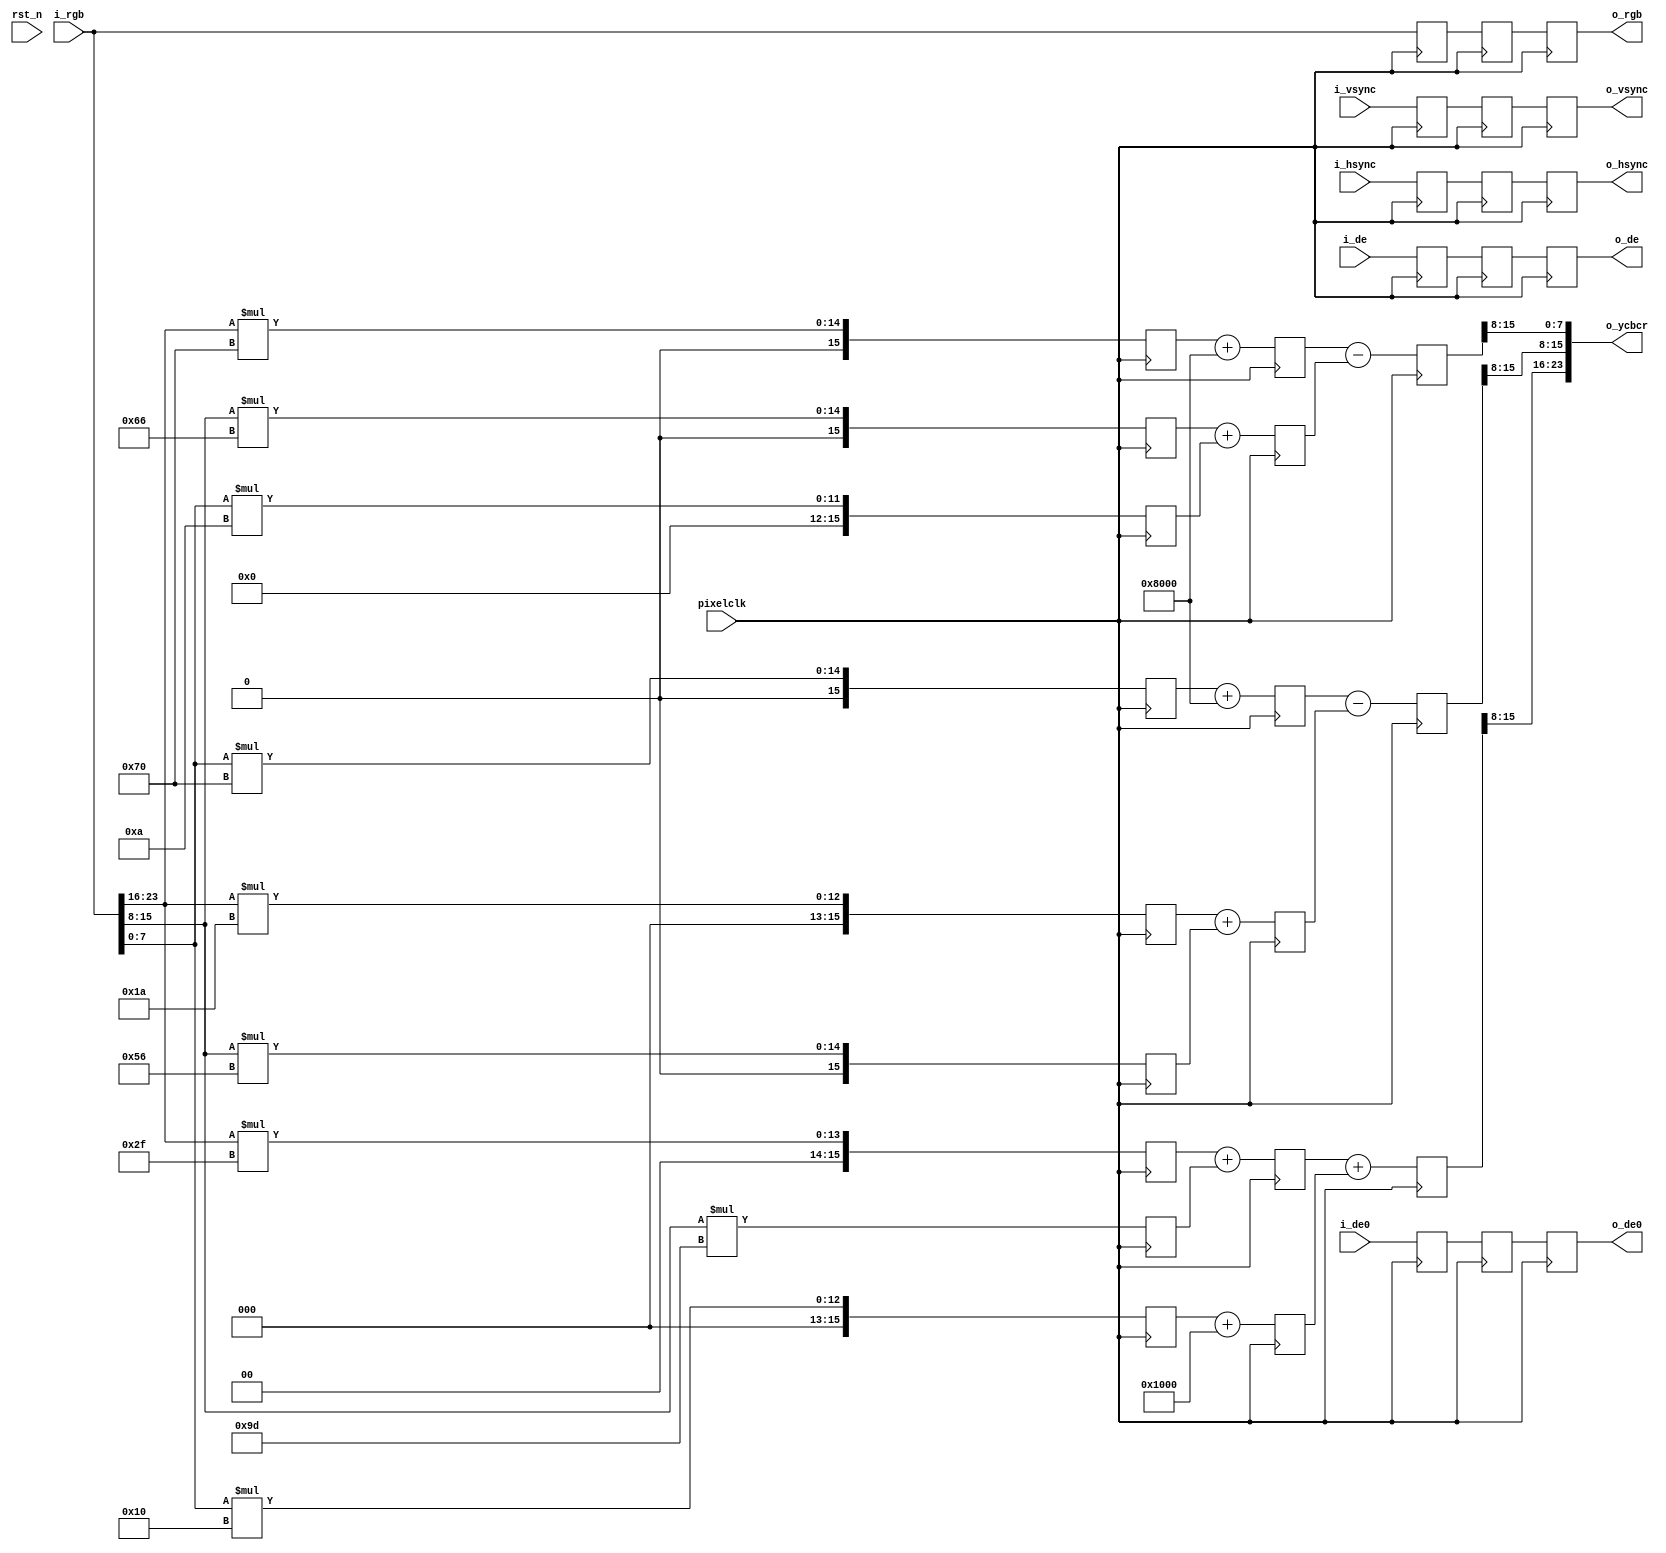
`timescale 1ns / 1ps


/* RGBYUV
			Y  =  0.183R + 0.614G + 0.062B + 16 ;
 			CB = -0.101R - 0.338G + 0.439B + 128;
			CR =  0.439R - 0.399G - 0.040B + 128;
			     		   |  |
			      		  \|  |/ 
			      		   \  / 
			                \/
			Y  =  (0.183R + 0.614G )+(0.062B +  16);
 			CB = -(0.101R + 0.338G )+(0.439B + 128);
			CR = -(0.399G + 0.040B )+(0.439R + 128);

*/

module	rgb2ycbcr(
    input                            pixelclk   ,
	input                            rst_n      ,
    input          [23:0]            i_rgb      ,
    input                            i_hsync    ,
    input                            i_vsync    ,
    input                            i_de       ,
    input                            i_de0      ,
    
    output            [23:0]         o_rgb      ,
    output            [23:0]         o_ycbcr    ,
    output                           o_hsync    ,
    output                           o_vsync    ,    
    output                           o_de0      ,                          
    output                           o_de                                                                                               
);


/***************************************parameters*******************************************/
//multiply 256
parameter    para_0183_10b = 10'd47     ;    
parameter    para_0614_10b = 10'd157    ;
parameter    para_0062_10b = 10'd16     ;
parameter    para_0101_10b = 10'd26     ;
parameter    para_0338_10b = 10'd86     ;
parameter    para_0439_10b = 10'd112    ;
parameter    para_0399_10b = 10'd102    ;
parameter    para_0040_10b = 10'd10     ;
parameter    para_16_18b   = 18'd4096   ;
parameter    para_128_18b  = 18'd32768  ;




/********************************************************************************************/
wire [7 : 0]        i_r_8b                  ;
wire [7 : 0]        i_g_8b                  ;
wire [7 : 0]        i_b_8b                  ;
wire [7 : 0]        o_y_8b                  ;
wire [7 : 0]        o_cb_8b                 ;
wire [7 : 0]        o_cr_8b                 ;
reg  [17: 0]        mult_r_for_y_18b        ;
reg  [17: 0]        mult_r_for_cb_18b       ;
reg  [17: 0]        mult_r_for_cr_18b       ;
reg  [17: 0]        mult_g_for_y_18b        ;
reg  [17: 0]        mult_g_for_cb_18b       ;
reg  [17: 0]        mult_g_for_cr_18b       ;
reg  [17: 0]        mult_b_for_y_18b        ;
reg  [17: 0]        mult_b_for_cb_18b       ;
reg  [17: 0]        mult_b_for_cr_18b       ;
reg  [17: 0]        add_y_0_18b             ;
reg  [17: 0]        add_cb_0_18b            ;
reg  [17: 0]        add_cr_0_18b            ;
reg  [17: 0]        add_y_1_18b             ;
reg  [17: 0]        add_cb_1_18b            ;
reg  [17: 0]        add_cr_1_18b            ;
reg  [17: 0]        result_y_18b            ;
reg  [17: 0]        result_cb_18b           ;
reg  [17: 0]        result_cr_18b           ;
reg  [15:0]         y_tmp                   ;
reg  [15:0]         cb_tmp                  ;
reg  [15:0]         cr_tmp                  ;
reg  [23:0]         o_rgb_delay_1           ;
reg  [23:0]         o_rgb_delay_2           ;
reg  [23:0]         o_rgb_delay_3           ;
reg                 i_de0_delay_1           ;
reg                 i_de0_delay_2           ;
reg                 i_de0_delay_3           ;
reg                 i_h_sync_delay_1        ;
reg                 i_v_sync_delay_1        ;
reg                 i_data_en_delay_1       ;
reg                 i_h_sync_delay_2        ;
reg                 i_v_sync_delay_2        ;
reg                 i_data_en_delay_2       ;
reg                 i_h_sync_delay_3        ;
reg                 i_v_sync_delay_3        ;
reg                 i_data_en_delay_3       ;



assign i_r_8b  = i_rgb[23:16];
assign i_g_8b  = i_rgb[15:8];
assign i_b_8b  = i_rgb[7:0];
assign o_ycbcr = {o_y_8b,o_cb_8b,o_cr_8b};
assign o_rgb   = o_rgb_delay_3; 
assign o_y_8b  = y_tmp[15 : 8];
assign o_cb_8b =cb_tmp[15 : 8];
assign o_cr_8b =cr_tmp[15 : 8];
assign o_hsync = i_h_sync_delay_3;
assign o_vsync = i_v_sync_delay_3;
assign o_de    = i_data_en_delay_3;
assign o_de0   = i_de0_delay_3;



/********************************************************************************************/

/********************************************************************************************/

//LV1 pipeline : mult
always @(posedge   pixelclk)begin
    mult_r_for_y_18b  <= i_r_8b * para_0183_10b;
    mult_r_for_cb_18b <= i_r_8b * para_0101_10b;
    mult_r_for_cr_18b <= i_r_8b * para_0439_10b;
end


always @(posedge   pixelclk)begin
    mult_g_for_y_18b  <= i_g_8b * para_0614_10b;
    mult_g_for_cb_18b <= i_g_8b * para_0338_10b;
    mult_g_for_cr_18b <= i_g_8b * para_0399_10b;
end


always @(posedge   pixelclk)begin
    mult_b_for_y_18b  <= i_b_8b * para_0062_10b;
    mult_b_for_cb_18b <= i_b_8b * para_0439_10b;
    mult_b_for_cr_18b <= i_b_8b * para_0040_10b;
end



//LV2 pipeline : add
always @(posedge   pixelclk)begin
    add_y_0_18b  <= mult_r_for_y_18b  + mult_g_for_y_18b;
    add_y_1_18b  <= mult_b_for_y_18b  + para_16_18b;
    
    add_cb_0_18b <= mult_b_for_cb_18b + para_128_18b;
    add_cb_1_18b <= mult_r_for_cb_18b + mult_g_for_cb_18b;
    
    add_cr_0_18b <= mult_r_for_cr_18b + para_128_18b;
    add_cr_1_18b <= mult_g_for_cr_18b + mult_b_for_cr_18b;
end


//LV3 pipeline : y + cb + cr
always @(posedge   pixelclk)begin
    y_tmp  <= add_y_0_18b  + add_y_1_18b;
    cb_tmp <= add_cb_0_18b - add_cb_1_18b ;
    cr_tmp <= add_cr_0_18b - add_cr_1_18b ;
end




/********************************************************************************************/

/***************************************timing***********************************************/
always @(posedge    pixelclk)begin
    i_h_sync_delay_1  <= i_hsync;
    i_v_sync_delay_1  <= i_vsync;
    i_data_en_delay_1 <= i_de;
    o_rgb_delay_1     <= i_rgb;
    i_de0_delay_1     <=i_de0;
    
    i_h_sync_delay_2  <= i_h_sync_delay_1;
    i_v_sync_delay_2  <= i_v_sync_delay_1;
    i_data_en_delay_2 <= i_data_en_delay_1;
    o_rgb_delay_2     <= o_rgb_delay_1;
    i_de0_delay_2     <=i_de0_delay_1;
        
    i_h_sync_delay_3  <= i_h_sync_delay_2;
    i_v_sync_delay_3  <= i_v_sync_delay_2;
    i_data_en_delay_3 <= i_data_en_delay_2;
    o_rgb_delay_3     <= o_rgb_delay_2;
    i_de0_delay_3     <=i_de0_delay_2;

end	


endmodule